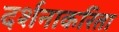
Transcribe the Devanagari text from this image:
दर्शनाकरिता